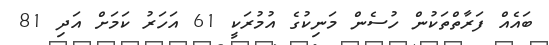
ބައެއް ފަރާތްތަކުން ހުސެން މަނިކުގެ އުމުރަކީ 61 އަހަރު ކަމަށް އަދި 81